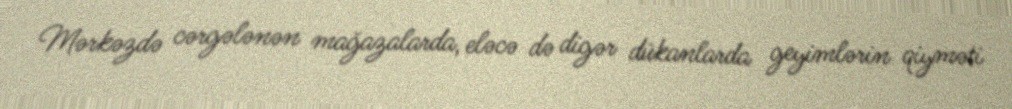
Mərkəzdə cərgələnən mağazalarda, eləcə də digər dükanlarda geyimlərin qiyməti